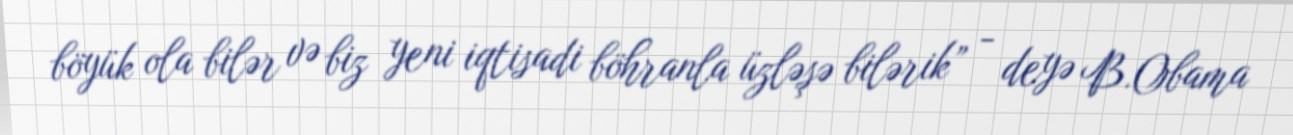
böyük ola bilər və biz yeni iqtisadi böhranla üzləşə bilərik” - deyə B.Obama